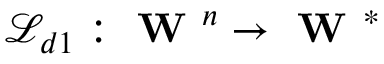
\mathcal { L } _ { d 1 } : \textbf { W } ^ { n } \to \textbf { W } ^ { * }